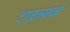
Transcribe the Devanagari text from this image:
टाळल्यानें